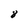
Character: 8